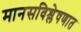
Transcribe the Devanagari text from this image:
मानसविश्लेषणात